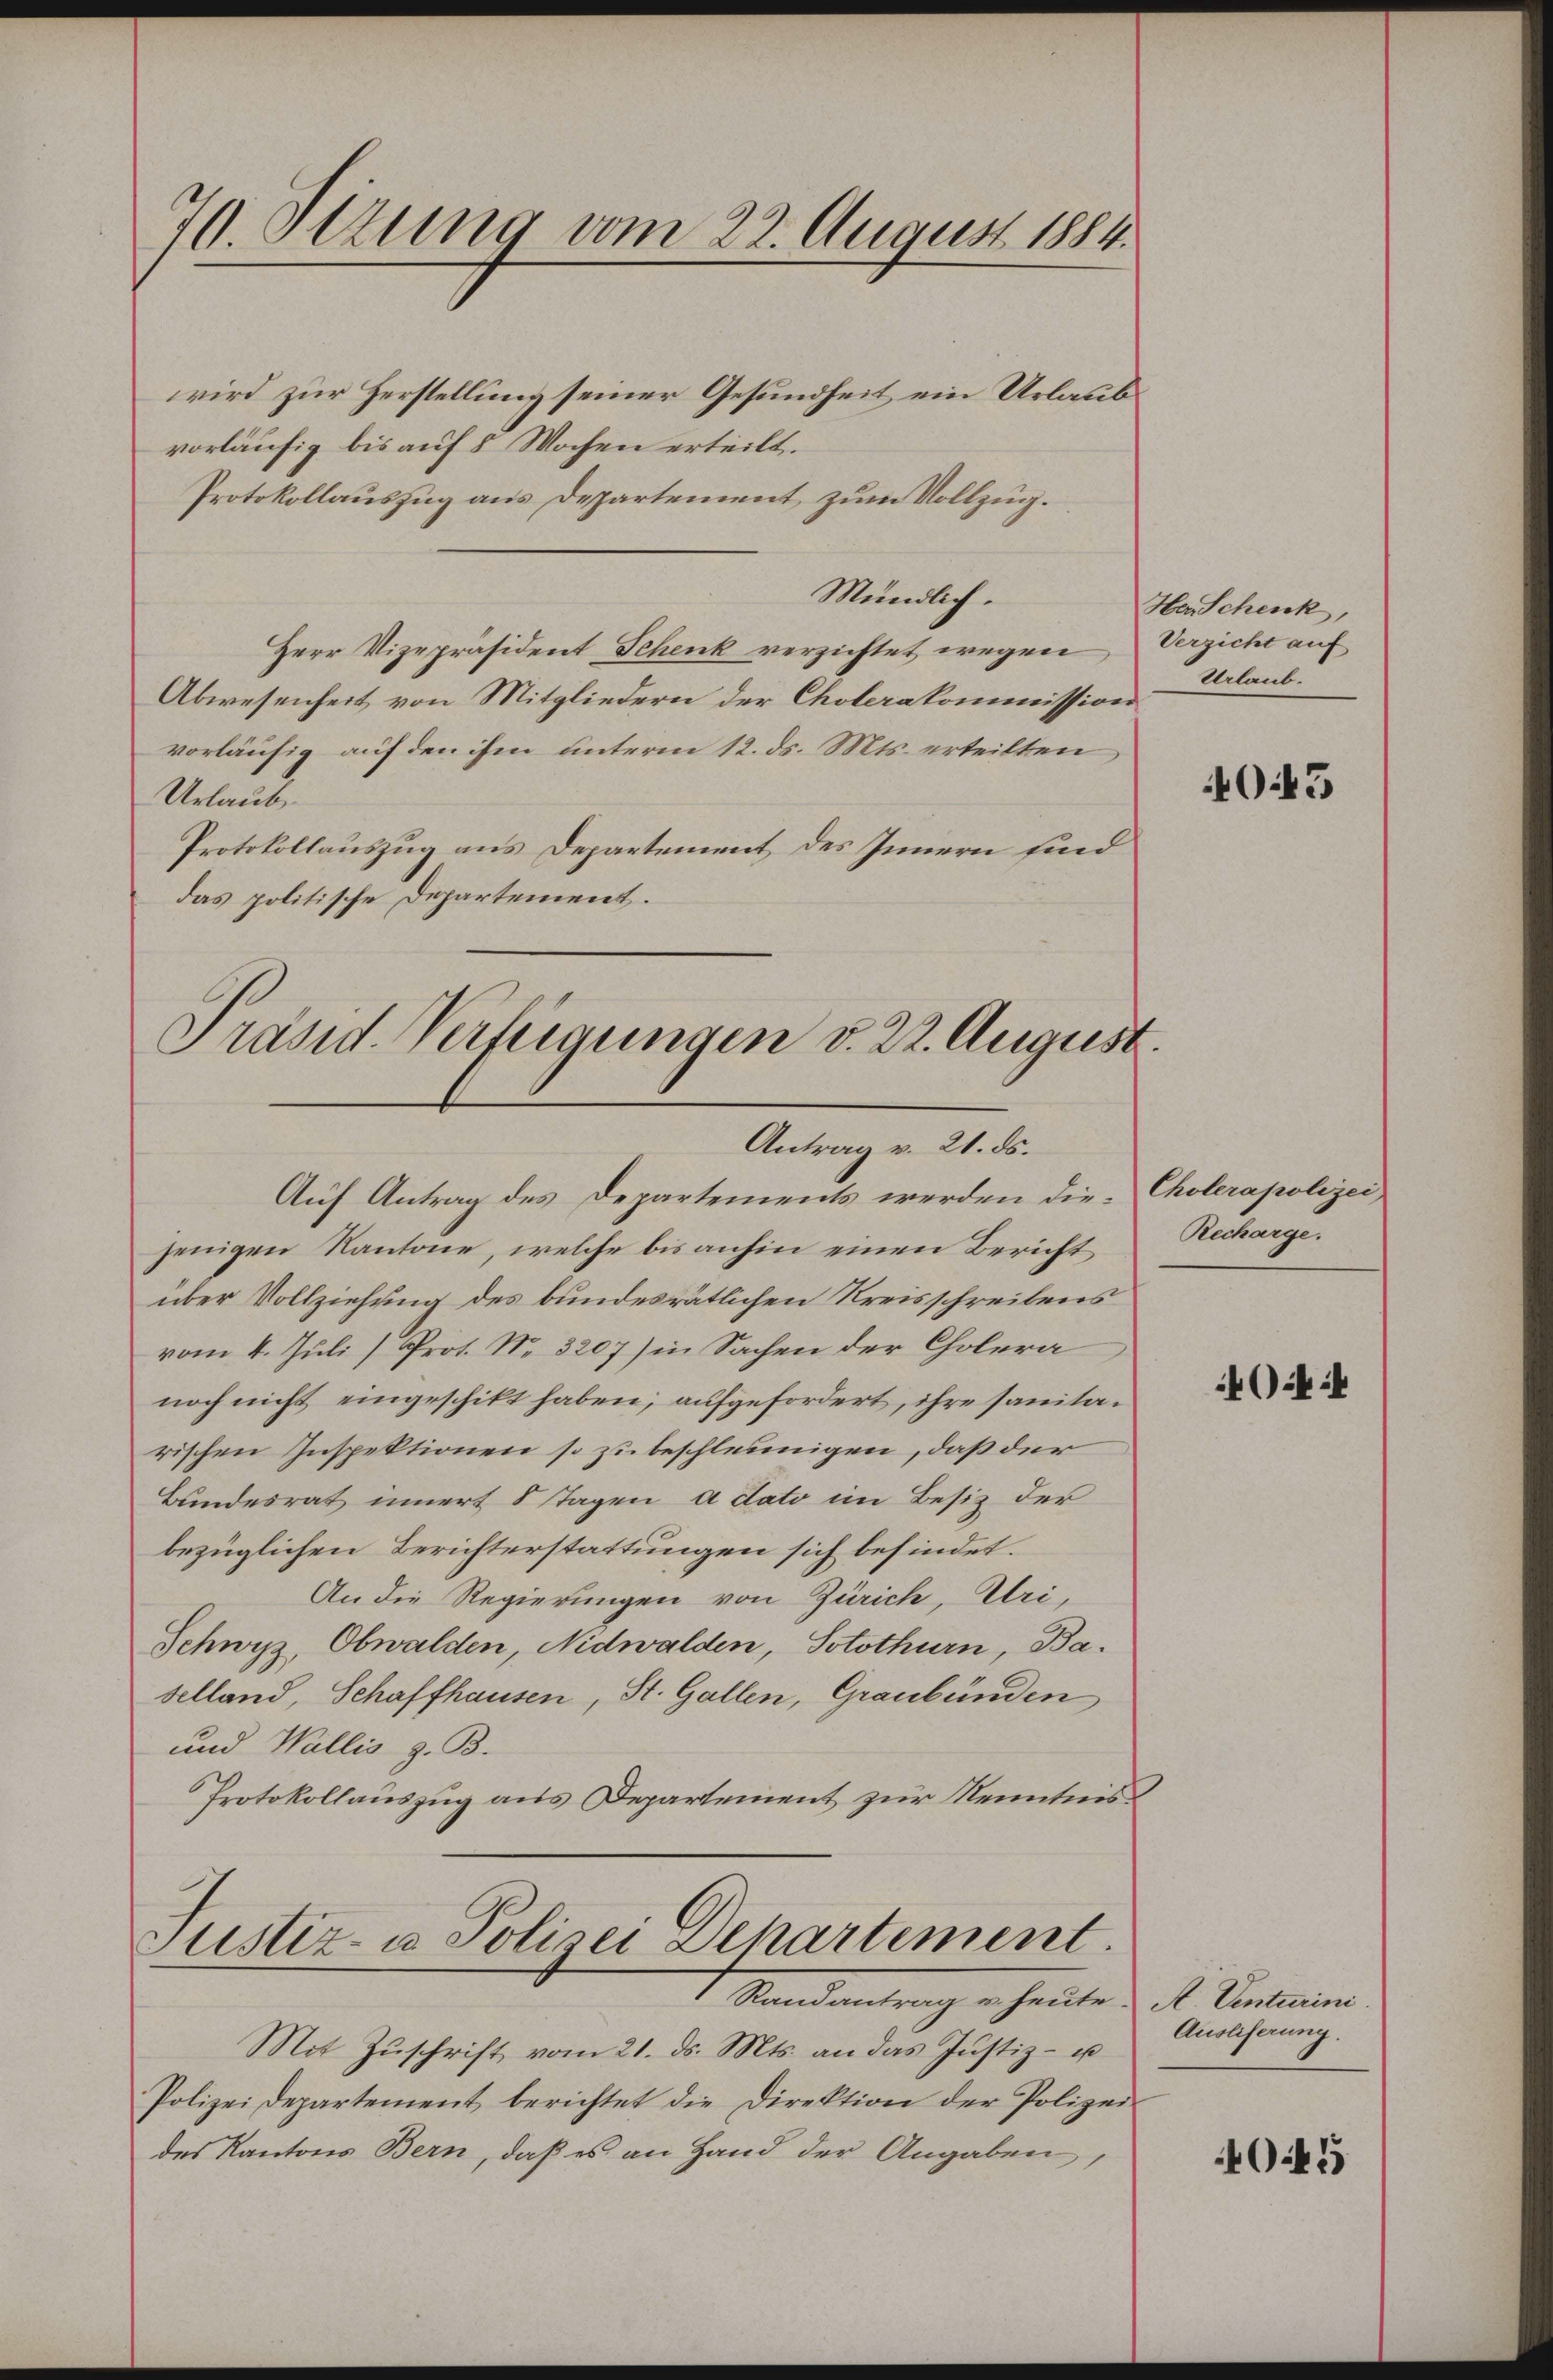
70. Ottung vom 22. August 1884.

wird zur Herstellung seiner Gesundheit ein Urlaubs
vorläufig bis auf 8 Wochen erteilt.
Protokollauszug aus Departement zum Vollzug.
Mündlich.
Herr Vizepräsident Schenk verzichtet wegen Verzicht auf
Abwesenheit von Mitgliedern der Cholerakommission
vorläufig auf den ihm unterm 12. ds. Mts. erteilten
Urlaube
Protokollauszug aus Departement des Innern sind
das politische Departement.

Präsid. Verfügungen v. 22. August
Antrag v. 21. ds.
Auf Antrag des Departements werden die Cholerapolizei

Justiz- u. Polizei Departement.

jenigen Kantone, welche bis anhin einen Bericht Recharge.
über Vollziehung des bundesrätlichen Kreisschreibens
vom 4. Juli (Prot. N. 3207) in Sachen der Cholera
noch nicht eingeschikt haben, aufgefordert, ihre sanitarischen Inspektionen so zu beschleunigen, daß der
Bundesrat innert 8 Tagen a dato im Besiz der
bezüglichen Berichterstattungen sich befindet.
An die Regierungen von Zürich, Uri,
Schwyz, Obwalden, Nidwalden, Solothurn, Baselland, Schaffhausen, St. Gallen, Graubünden
und Wallis z. B.
Protokollauszug aus Departement zur Kenntnis

Randantrag u. heute. A. Venturini.
Mit Zŭschrift vom 21. ds. Mts. an das Justiz- u
Polizeidepartement berichtet die Direktion der Polizei-
des Kantons Bern, daß es an Hand der Angaben,

Her Schenk,
Urlaub.

403

4

Auslieferung.

4041